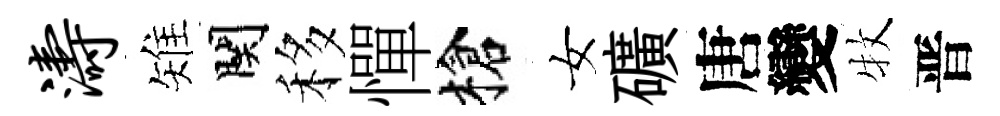
涛雉関移憚槍女礦唐變牧晋